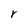
Character: r